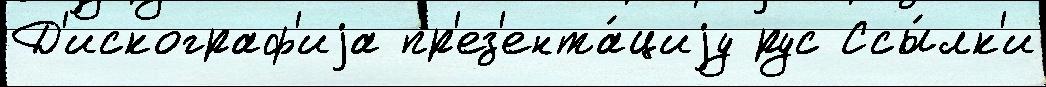
Д'искограф'иjа пр'ез'ента́циjу рус Ссы́лк'и